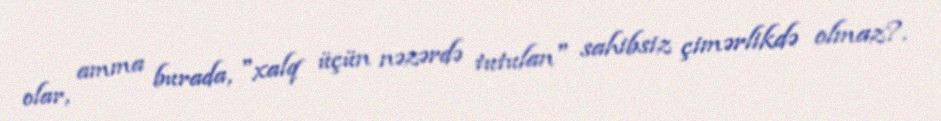
olar, amma burada, "xalq üçün nəzərdə tutulan" sahibsiz çimərlikdə olmaz?.